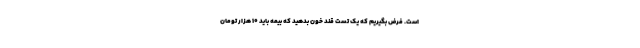
است. فرض بگیریم که یک تست قند خون بدهید که بیمه باید ۱۰ هزار تومان